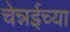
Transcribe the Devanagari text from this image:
चेन्नईच्‍या